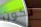
تكون